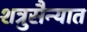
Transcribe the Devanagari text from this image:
शत्रुसैन्यात